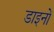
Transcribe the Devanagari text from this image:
डाइनों